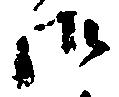
御